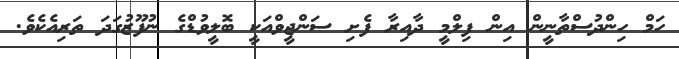
ހަމް ހިންދުސްތާނީން އިން ފިލްމީ ދާއިރާ ފެށި ސަންޖީވްއަކީ ބޮލީވުޑްގެ ނުފޫޒުގަދަ ތަރިއެކެވެ.